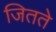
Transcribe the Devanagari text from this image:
जितते